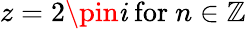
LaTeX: z=2\pin\mathit{i}{\mathrm{{~for~}}}n\in\mathbb{{Z}}